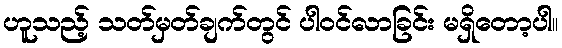
ဟူသည့် သတ်မှတ်ချက်တွင် ပါဝင်လာခြင်း မရှိတော့ပါ။